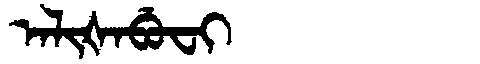
Manchu: ᠠᠯᡳᡧᠠᠪᡠᠸᡳ
Romanization: ALIŠABUFI